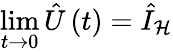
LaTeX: \operatorname*{lim}_{t\rightarrow 0}\hat{U}\left(t\right)=\hat{I}_{\mathcal{H}}